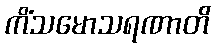
ကိံသမောသရဏာတိ